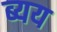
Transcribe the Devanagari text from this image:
ब्यय